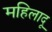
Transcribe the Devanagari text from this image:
महिलादू